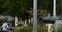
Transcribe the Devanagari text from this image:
ड्योढ़ा